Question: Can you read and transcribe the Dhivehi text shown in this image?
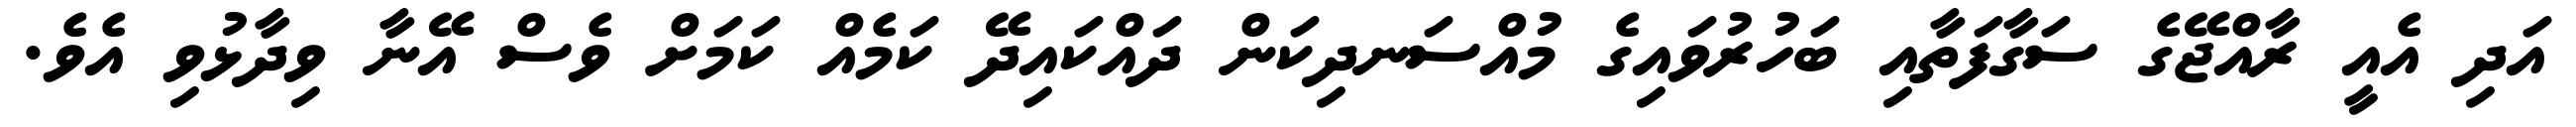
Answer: އަދި އެއީ ރާއްޖޭގެ ސަގާފަތާއި ބަހުރުވައިގެ މުއްސަނދިކަން ދައްކައިދޭ ކަމެއް ކަމަށް ވެސް އޭނާ ވިދާޅުވި އެވެ.